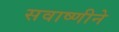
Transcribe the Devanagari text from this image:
सवाष्णीने